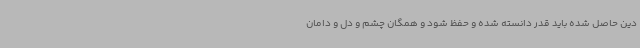
دین حاصل شده باید قدر دانسته شده و حفظ شود و همگان چشم و دل و دامان